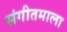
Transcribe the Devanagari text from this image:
संगीतमाला